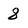
Character: 8